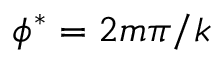
\phi ^ { * } = 2 m \pi / k